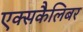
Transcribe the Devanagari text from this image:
एक्सकैलिबर